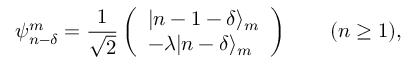
\psi _ { n - \delta } ^ { m } = \frac { 1 } { \sqrt { 2 } } \left( \begin{array} { l } { | n - 1 - \delta \rangle _ { m } } \\ { - \lambda | n - \delta \rangle _ { m } } \end{array} \right) \qquad ( n \geq 1 ) ,